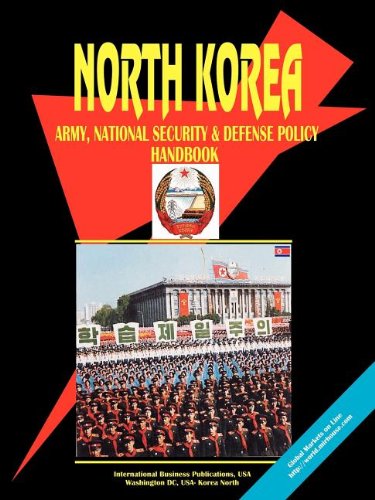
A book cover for Korea North Army, National Security And Defense Policy Handbook; Ibp Usa; Travel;